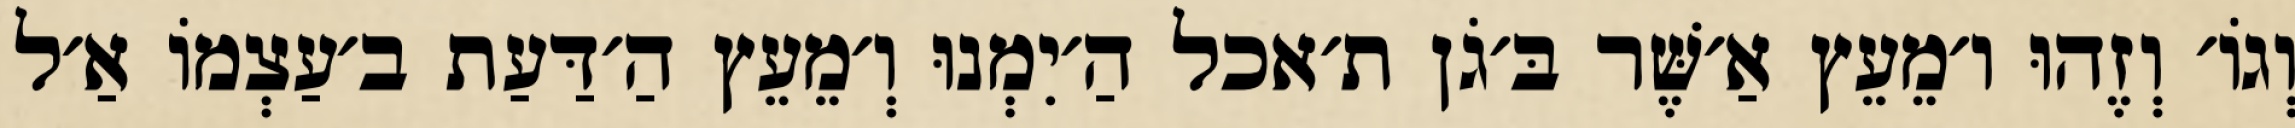
וְגוֹ׳ וְזֶהוּ ו׳מֵעֵץ אַ׳שֶּׁר בּ׳גֹן ת׳אכל הַ׳יִמְנוּ וְ׳מֵעֵץ הַ׳דַּעַת ב׳עַצְמוֹ אַ׳ל